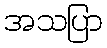
အသပြာ